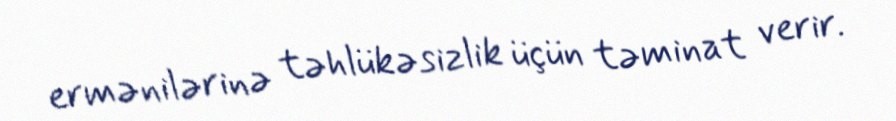
ermənilərinə təhlükəsizlik üçün təminat verir.